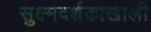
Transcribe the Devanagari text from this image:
सुक्ष्मदर्शकाखाली